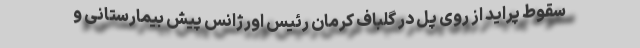
سقوط پراید از روی پُل در گلباف کرمان رئیس اورژانس پیش بیمارستانی و